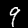
Label: 9